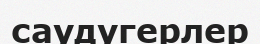
саудугерлер